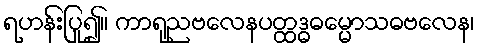
ရဟန်းပြု၍။ ကာရုညဗလေနပတ္ထဒ္ဓဓမ္မောသဓဗလေန၊